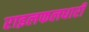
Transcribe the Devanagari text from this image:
राइलफलधारी